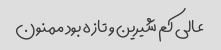
عالی کم شیرین و تازه بود ممنون